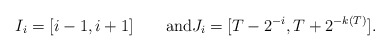
\begin{align*}I_{i}=[i-1,i+1]\qquad\mbox{and}J_{i}=[T- 2^{-i},T+2^{-k(T)}].\end{align*}